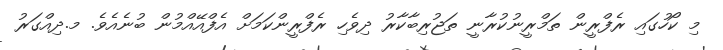
މި ކޯހުގައި ރެފްރީން ތަމްރީނުކުރާނީ ތަޖުރިބާކާރު ދިވެހި ރެފްރީންކަމަށް އެފްއޭއްމުން ބުނެއެވެ. މ.ދިއްގަރު